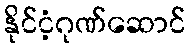
နိုင်ငံ့ဂုဏ်ဆောင်